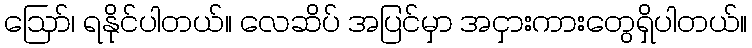
ဩော်၊ ရနိုင်ပါတယ်။ လေဆိပ် အပြင်မှာ အငှားကားတွေရှိပါတယ်။